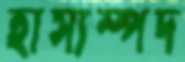
হাস্যস্পদ